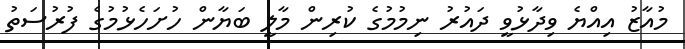
މުއާޒު އިއްޔެ ވިދާޅުވީ ދައުރު ނިމުމުގެ ކުރިން މާލީ ބަޔާން ހުށަހެޅުމުުގެ ފުރުސަތު